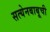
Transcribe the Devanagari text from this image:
सत्येनबाबूची